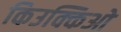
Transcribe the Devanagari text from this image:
किउक्किओ